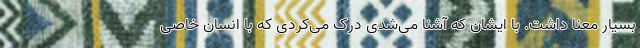
بسیار معنا داشت. با ایشان که آشنا می‌شدی درک می‌کردی که با انسان خاصی